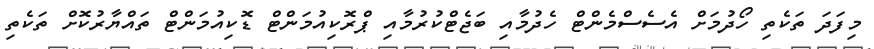
މިފަދަ ތަކެތި ހޯދުމަށް އެސެސްމެންޓް ހެދުމާއި ބަޖެޓްކުރުމާއި ޕްރޮކިއުމަންޓް ޑޮކިއުމަންޓް ތައްޔާރުކޮށް ތަކެތި